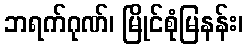
ဘရက်ဂုဏ်၊ မြိုင်စုံမြနန်း၊